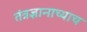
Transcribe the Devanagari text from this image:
तंत्रज्ञानाच्याच